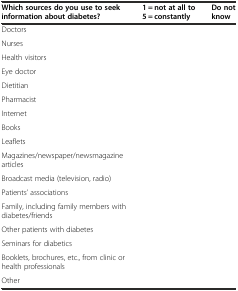
<table><thead><tr><td><b>Which sources do you use to seek information about diabetes?</b></td><td><b>1 = not at all to 5 = constantly</b></td><td><b>Do not know</b></td></tr></thead><tbody><tr><td>Doctors</td><td>[EMPTY_CELL]</td><td>[EMPTY_CELL]</td></tr><tr><td>Nurses</td><td>[EMPTY_CELL]</td><td>[EMPTY_CELL]</td></tr><tr><td>Health visitors</td><td>[EMPTY_CELL]</td><td>[EMPTY_CELL]</td></tr><tr><td>Eye doctor</td><td>[EMPTY_CELL]</td><td>[EMPTY_CELL]</td></tr><tr><td>Dietitian</td><td>[EMPTY_CELL]</td><td>[EMPTY_CELL]</td></tr><tr><td>Pharmacist</td><td>[EMPTY_CELL]</td><td>[EMPTY_CELL]</td></tr><tr><td>Internet</td><td>[EMPTY_CELL]</td><td>[EMPTY_CELL]</td></tr><tr><td>Books</td><td>[EMPTY_CELL]</td><td>[EMPTY_CELL]</td></tr><tr><td>Leaflets</td><td>[EMPTY_CELL]</td><td>[EMPTY_CELL]</td></tr><tr><td>Magazines/newspaper/newsmagazine articles</td><td>[EMPTY_CELL]</td><td>[EMPTY_CELL]</td></tr><tr><td>Broadcast media (television, radio)</td><td>[EMPTY_CELL]</td><td>[EMPTY_CELL]</td></tr><tr><td>Patients’ associations</td><td>[EMPTY_CELL]</td><td>[EMPTY_CELL]</td></tr><tr><td>Family, including family members with diabetes/friends</td><td>[EMPTY_CELL]</td><td>[EMPTY_CELL]</td></tr><tr><td>Other patients with diabetes</td><td>[EMPTY_CELL]</td><td>[EMPTY_CELL]</td></tr><tr><td>Seminars for diabetics</td><td>[EMPTY_CELL]</td><td>[EMPTY_CELL]</td></tr><tr><td>Booklets, brochures, etc., from clinic or health professionals</td><td>[EMPTY_CELL]</td><td>[EMPTY_CELL]</td></tr><tr><td>Other</td><td>[EMPTY_CELL]</td><td>[EMPTY_CELL]</td></tr></tbody></table>